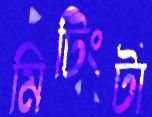
মিটিংটা